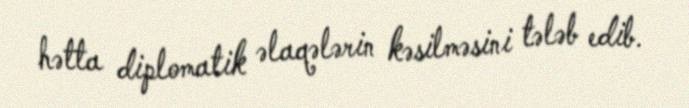
hətta diplomatik əlaqələrin kəsilməsini tələb edib.